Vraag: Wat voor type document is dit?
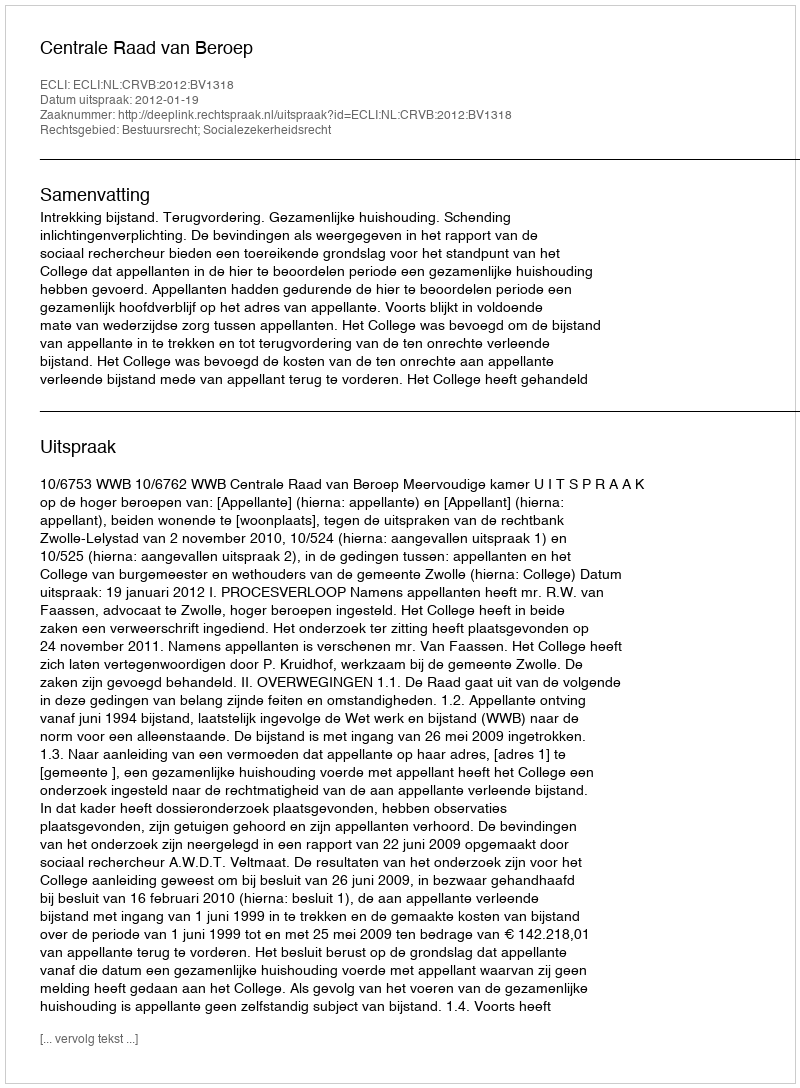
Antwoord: Uitspraak